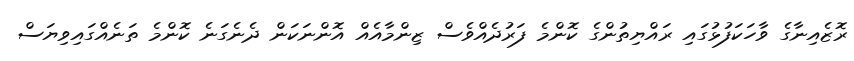
ރޮޒެއިނާގެ ވާހަކަފުޅުގައި ރައްޔިތުންގެ ކޮންމެ ފަރުދެއްވެސް ޒިންމާއެއް އޮންނަކަން ދެނެގަނެ ކޮންމެ ތަނެއްގައިވިޔަސް